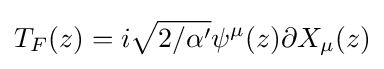
T_{F}(z)=i{\sqrt {2/\alpha '}}\psi ^{\mu }(z)\partial X_{\mu }(z)